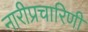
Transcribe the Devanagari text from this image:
नारीप्रचारिणी